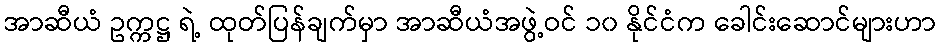
အာဆီယံ ဥက္ကဋ္ဌ ရဲ့ ထုတ်ပြန်ချက်မှာ အာဆီယံအဖွဲ့ဝင် ၁၀ နိုင်ငံက ခေါင်းဆောင်များဟာ